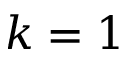
k = 1